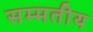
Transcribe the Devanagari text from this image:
सम्मतीय